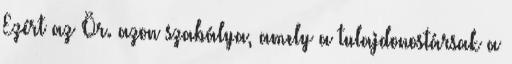
Ezért az Ör. azon szabálya, amely a tulajdonostársak a